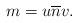
LaTeX: \begin{align*}m = u \overline{n} v.\end{align*}